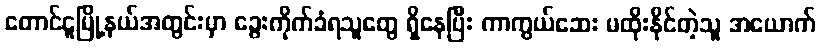
တောင်ငူမြို့နယ်အတွင်းမှာ ခွေးကိုက်ခံရသူတွေ ရှိနေပြီး ကာကွယ်ဆေး မထိုးနိုင်တဲ့သူ အယောက်